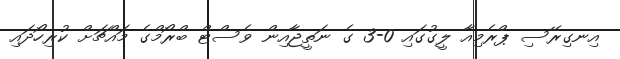
އިނގިރޭސި ޕްރެމިއާ ލީގުގައި 0-3 ގެ ނަތީޖާއިން ވެސްޓް ބްރޯމްގެ މައްޗަށް ކުރިހޯދައި